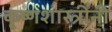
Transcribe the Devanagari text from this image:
कृ्ष्णशास्त्रींनी